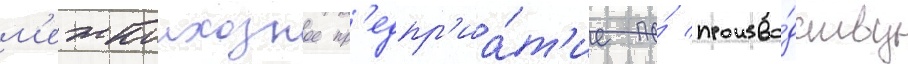
м'ежколхозное пр'едпр'иа́т'ие по́ произво́дству